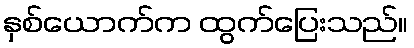
နှစ်ယောက်က ထွက်ပြေးသည်။